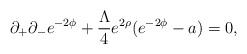
\begin{align*}\partial_{+}\partial_{-}e^{-2\phi} +\frac{\Lambda}{4}e^{2\rho} (e^{-2\phi}-a)=0,\end{align*}